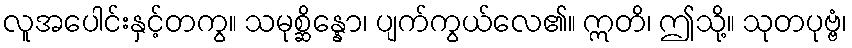
လူအပေါင်းနှင့်တကွ။ သမုစ္ဆိန္နော၊ ပျက်ကွယ်လေ၏။ ဣတိ၊ ဤသို့။ သုတပုဗ္ဗံ၊